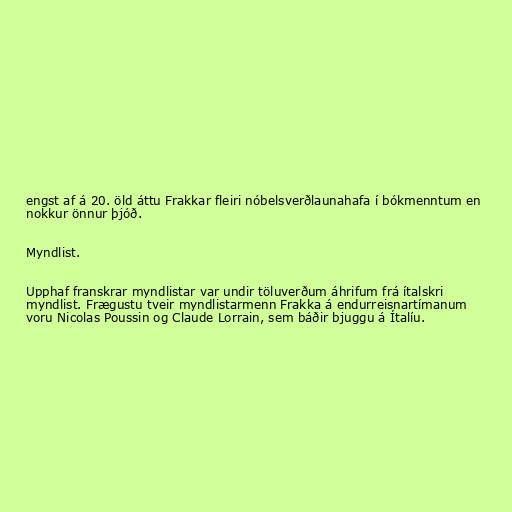
engst af á 20. öld áttu Frakkar fleiri nóbelsverðlaunahafa í bókmenntum en
nokkur önnur þjóð.

Myndlist.

Upphaf franskrar myndlistar var undir töluverðum áhrifum frá ítalskri
myndlist. Frægustu tveir myndlistarmenn Frakka á endurreisnartímanum
voru Nicolas Poussin og Claude Lorrain, sem báðir bjuggu á Ítalíu.